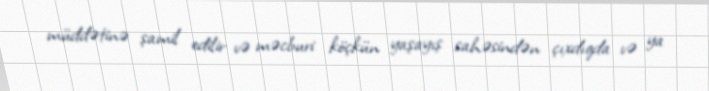
müddətinə şamil edilir və məcburi köçkün yaşayış sahəsindən çıxdıqda və ya